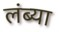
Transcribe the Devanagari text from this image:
लंब्या